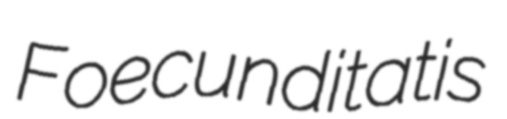
Foecunditatis